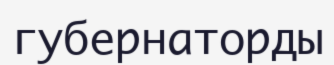
губернаторды